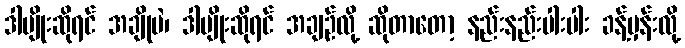
ဒါမျိုးဆိုရင် အချိုပဲ၊ ဒါမျိုးဆိုရင် အချဉ်လို့ ဆိုတာတော့ နည်းနည်းပါးပါး ခန့်မှန်းလို့